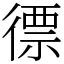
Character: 徱